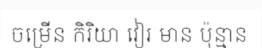
ចម្រើន កិរិយា វៀរ មាន ប៉ុន្មាន